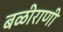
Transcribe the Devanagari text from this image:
बळीराणी